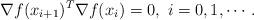
LaTeX: \begin{align*} \nabla f(x_{i+1})^T\nabla f(x_i)= 0, ~i=0, 1, \cdots.\end{align*}